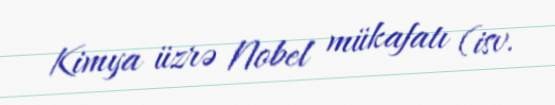
Kimya üzrə Nobel mükafatı (isv.